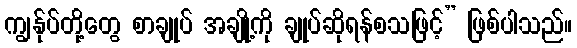
ကျွန်ုပ်တို့တွေ စာချုပ် အချို့ကို ချုပ်ဆိုရန်စသဖြင့်” ဖြစ်ပါသည်။